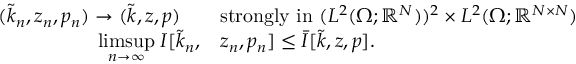
\begin{array} { r l } { ( \tilde { k } _ { n } , z _ { n } , p _ { n } ) \to ( \tilde { k } , z , p ) \quad } & { \mathrm { s t r o n g l y ~ i n ~ } ( L ^ { 2 } ( \Omega ; \mathbb { R } ^ { N } ) ) ^ { 2 } \times L ^ { 2 } ( \Omega ; \mathbb { R } ^ { N \times N } ) } \\ { \underset { n \to \infty } { \operatorname* { l i m s u p } } \; I [ \tilde { k } _ { n } , } & { z _ { n } , p _ { n } ] \leq \bar { I } [ \tilde { k } , z , p ] . } \end{array}